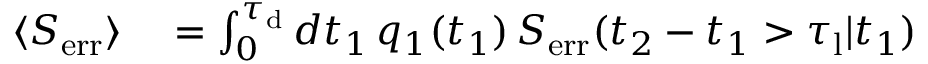
\begin{array} { r l } { \langle S _ { \mathrm { e r r } } \rangle } & { { } = \int _ { 0 } ^ { \tau _ { \mathrm { d } } } d t _ { 1 } \, q _ { 1 } ( t _ { 1 } ) \, S _ { \mathrm { e r r } } ( t _ { 2 } - t _ { 1 } > \tau _ { \mathrm { l } } | t _ { 1 } ) } \end{array}